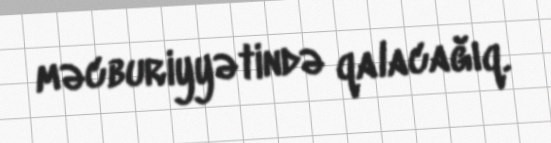
məcburiyyətində qalacağıq.